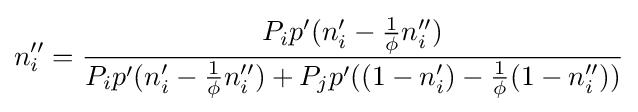
n_{i}''={\frac {P_{i}p'(n_{i}'-{\frac {1}{\phi }}n_{i}'')}{P_{i}p'(n_{i}'-{\frac {1}{\phi }}n_{i}'')+P_{j}p'((1-n_{i}')-{\frac {1}{\phi }}(1-n_{i}''))}}